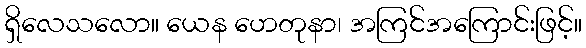
ရှိလေသလော။ ယေန ဟေတုနာ၊ အကြင်အကြောင်းဖြင့်။